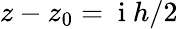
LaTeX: z-z_{0}=\mathrm{~i~}h/2